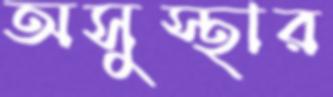
অসুস্থার